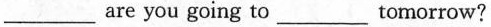
___are you going to___tomorrow?